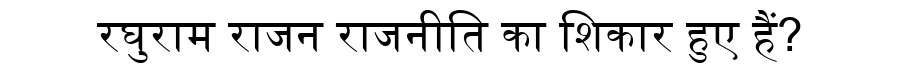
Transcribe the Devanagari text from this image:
रघुराम राजन राजनीति का शिकार हुए हैं?